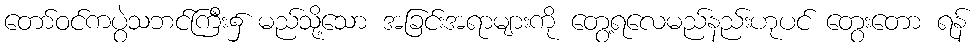
တော်ဝင်ကပွဲသဘင်ကြီး၌ မည်သို့သော အခြင်းအရာများကို တွေ့ရလေမည်နည်းဟုပင် တွေးတော ရန်